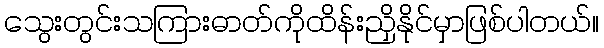
သွေးတွင်းသကြားဓာတ်ကိုထိန်းညှိနိုင်မှာဖြစ်ပါတယ်။